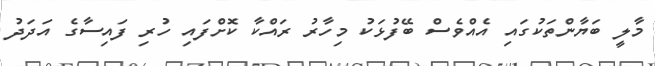
މާލީ ބަޔާންތަކުގައި އެއްވެސް ބޭފުޅަކު މިހާރު ރައްކާ ކޮށްފައި ހުރި ފައިސާގެ އަދަދު